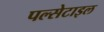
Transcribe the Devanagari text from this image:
पल्सेटाइल